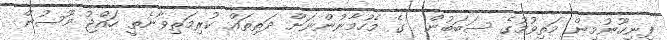
ފިނިހޫނުމިން މަތިވުމުގެ ސަބަބުން  ގެ މެހުމާނުންނަށް ދަތިތައް ކުރިމަަތިވާނެތީ ހައްޖު މޫސުން